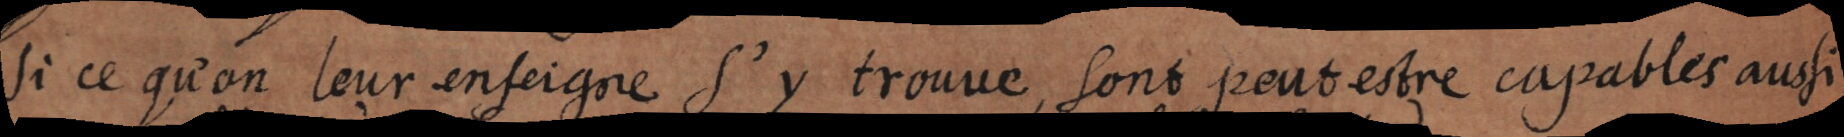
si ce qu’on leur enseigne s’y trouve, sont peut estre capables aussi